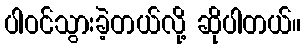
ပါဝင်သွားခဲ့တယ်လို့ ဆိုပါတယ်။